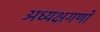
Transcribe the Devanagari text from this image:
अध्यक्षगणों